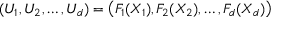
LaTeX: ( U _ { 1 } , U _ { 2 } , \dots , U _ { d } ) = \left( F _ { 1 } ( X _ { 1 } ) , F _ { 2 } ( X _ { 2 } ) , \dots , F _ { d } ( X _ { d } ) \right)